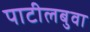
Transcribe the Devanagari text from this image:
पाटीलबुवा